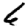
Digit: 6